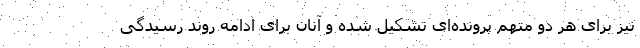
نیز برای هر دو متهم پرونده‌ای تشکیل شده و آنان برای ادامه روند رسیدگی